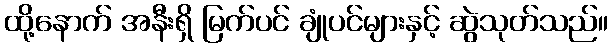
ထို့နောက် အနီးရှိ မြက်ပင် ချုံပင်များနှင့် ဆွဲသုတ်သည်။